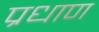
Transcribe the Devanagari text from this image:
प्रधाण